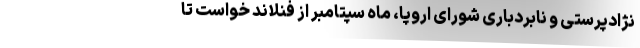
نژادپرستی و نابردباری شورای اروپا، ماه سپتامبر از فنلاند خواست تا